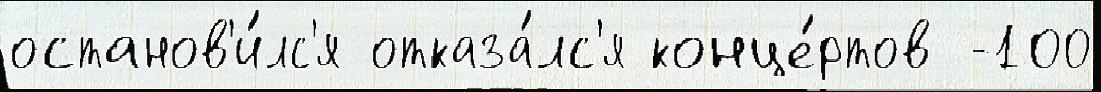
останов'и́лс'я отказа́лс'я конце́ртов -100